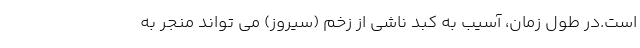
است.در طول زمان، آسیب به کبد ناشی از زخم (سیروز) می تواند منجر به